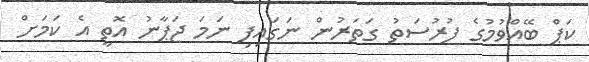
ކަޕް ބޭއްވުމުގެ ފުރުސަތު ގަތަރުން ނަގައިފި ނަމަ ޖަޕާނު އޮތީ އެ ކަމަށް